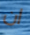
ان